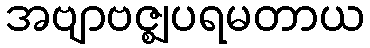
အဗျာဗဇ္ဈပရမတာယ